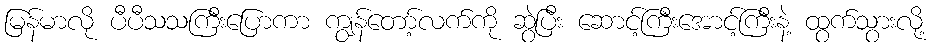
မြန်မာလို ပီပီသသကြီးပြောကာ ကျွန်တော့်လက်ကို ဆွဲပြီး ဆောင့်ကြီးအောင့်ကြီးနဲ့ ထွက်သွားလို့